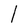
Character: l